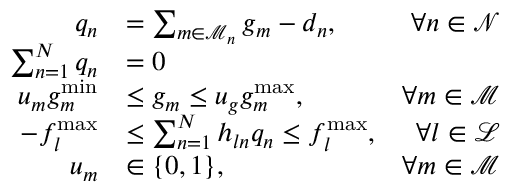
\begin{array} { r l r } { q _ { n } } & { = \sum _ { m \in \mathcal { M } _ { n } } g _ { m } - d _ { n } , } & { \forall n \in \mathcal { N } } \\ { \sum _ { n = 1 } ^ { N } q _ { n } } & { = 0 } & \\ { u _ { m } g _ { m } ^ { \operatorname* { m i n } } } & { \leq g _ { m } \leq u _ { g } g _ { m } ^ { \operatorname* { m a x } } , } & { \forall m \in \mathcal { M } } \\ { - f _ { l } ^ { \operatorname* { m a x } } } & { \leq \sum _ { n = 1 } ^ { N } h _ { l n } q _ { n } \leq f _ { l } ^ { \operatorname* { m a x } } , } & { \forall l \in \mathcal { L } } \\ { u _ { m } } & { \in \{ 0 , 1 \} , } & { \forall m \in \mathcal { M } } \end{array}